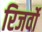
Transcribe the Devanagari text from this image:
रिजर्वो